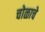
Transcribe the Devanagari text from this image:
चोळाचे